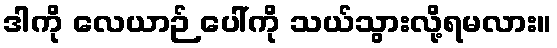
ဒါကို လေယာဉ် ပေါ်ကို သယ်သွားလို့ရမလား။